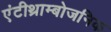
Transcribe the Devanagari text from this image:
एंटीथ्राम्बोजनिक